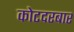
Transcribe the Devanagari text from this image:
कोटदरबार